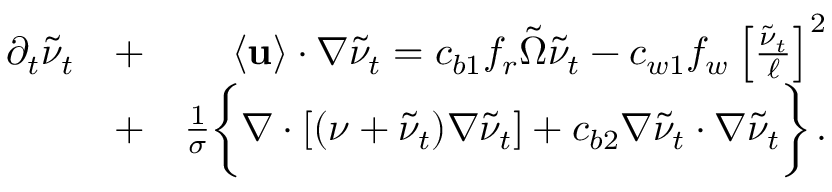
\begin{array} { r l r } { \partial _ { t } \tilde { \nu } _ { t } } & { + } & { \langle { \bf { u } } \rangle \cdot \nabla \tilde { \nu } _ { t } = c _ { b 1 } f _ { r } \tilde { \Omega } \tilde { \nu } _ { t } - c _ { w 1 } f _ { w } \left[ \frac { \tilde { \nu } _ { t } } { \ell } \right] ^ { 2 } } \\ & { + } & { \frac { 1 } { \sigma } \bigg \{ \nabla \cdot [ ( \nu + \tilde { \nu } _ { t } ) \nabla \tilde { \nu } _ { t } ] + c _ { b 2 } \nabla \tilde { \nu } _ { t } \cdot \nabla \tilde { \nu } _ { t } \bigg \} \, . } \end{array}